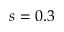
s = 0 . 3